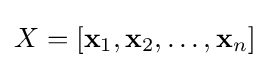
X=[\mathbf {x} _{1},\mathbf {x} _{2},\ldots ,\mathbf {x} _{n}]